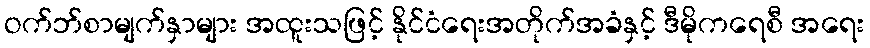
ဝက်ဘ်စာမျက်နှာများ အထူးသဖြင့် နိုင်ငံရေးအတိုက်အခံနှင့် ဒီမိုကရေစီ အရေး